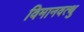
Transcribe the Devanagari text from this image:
विमानवत्थु